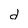
Character: d